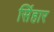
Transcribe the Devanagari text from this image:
सिंहार